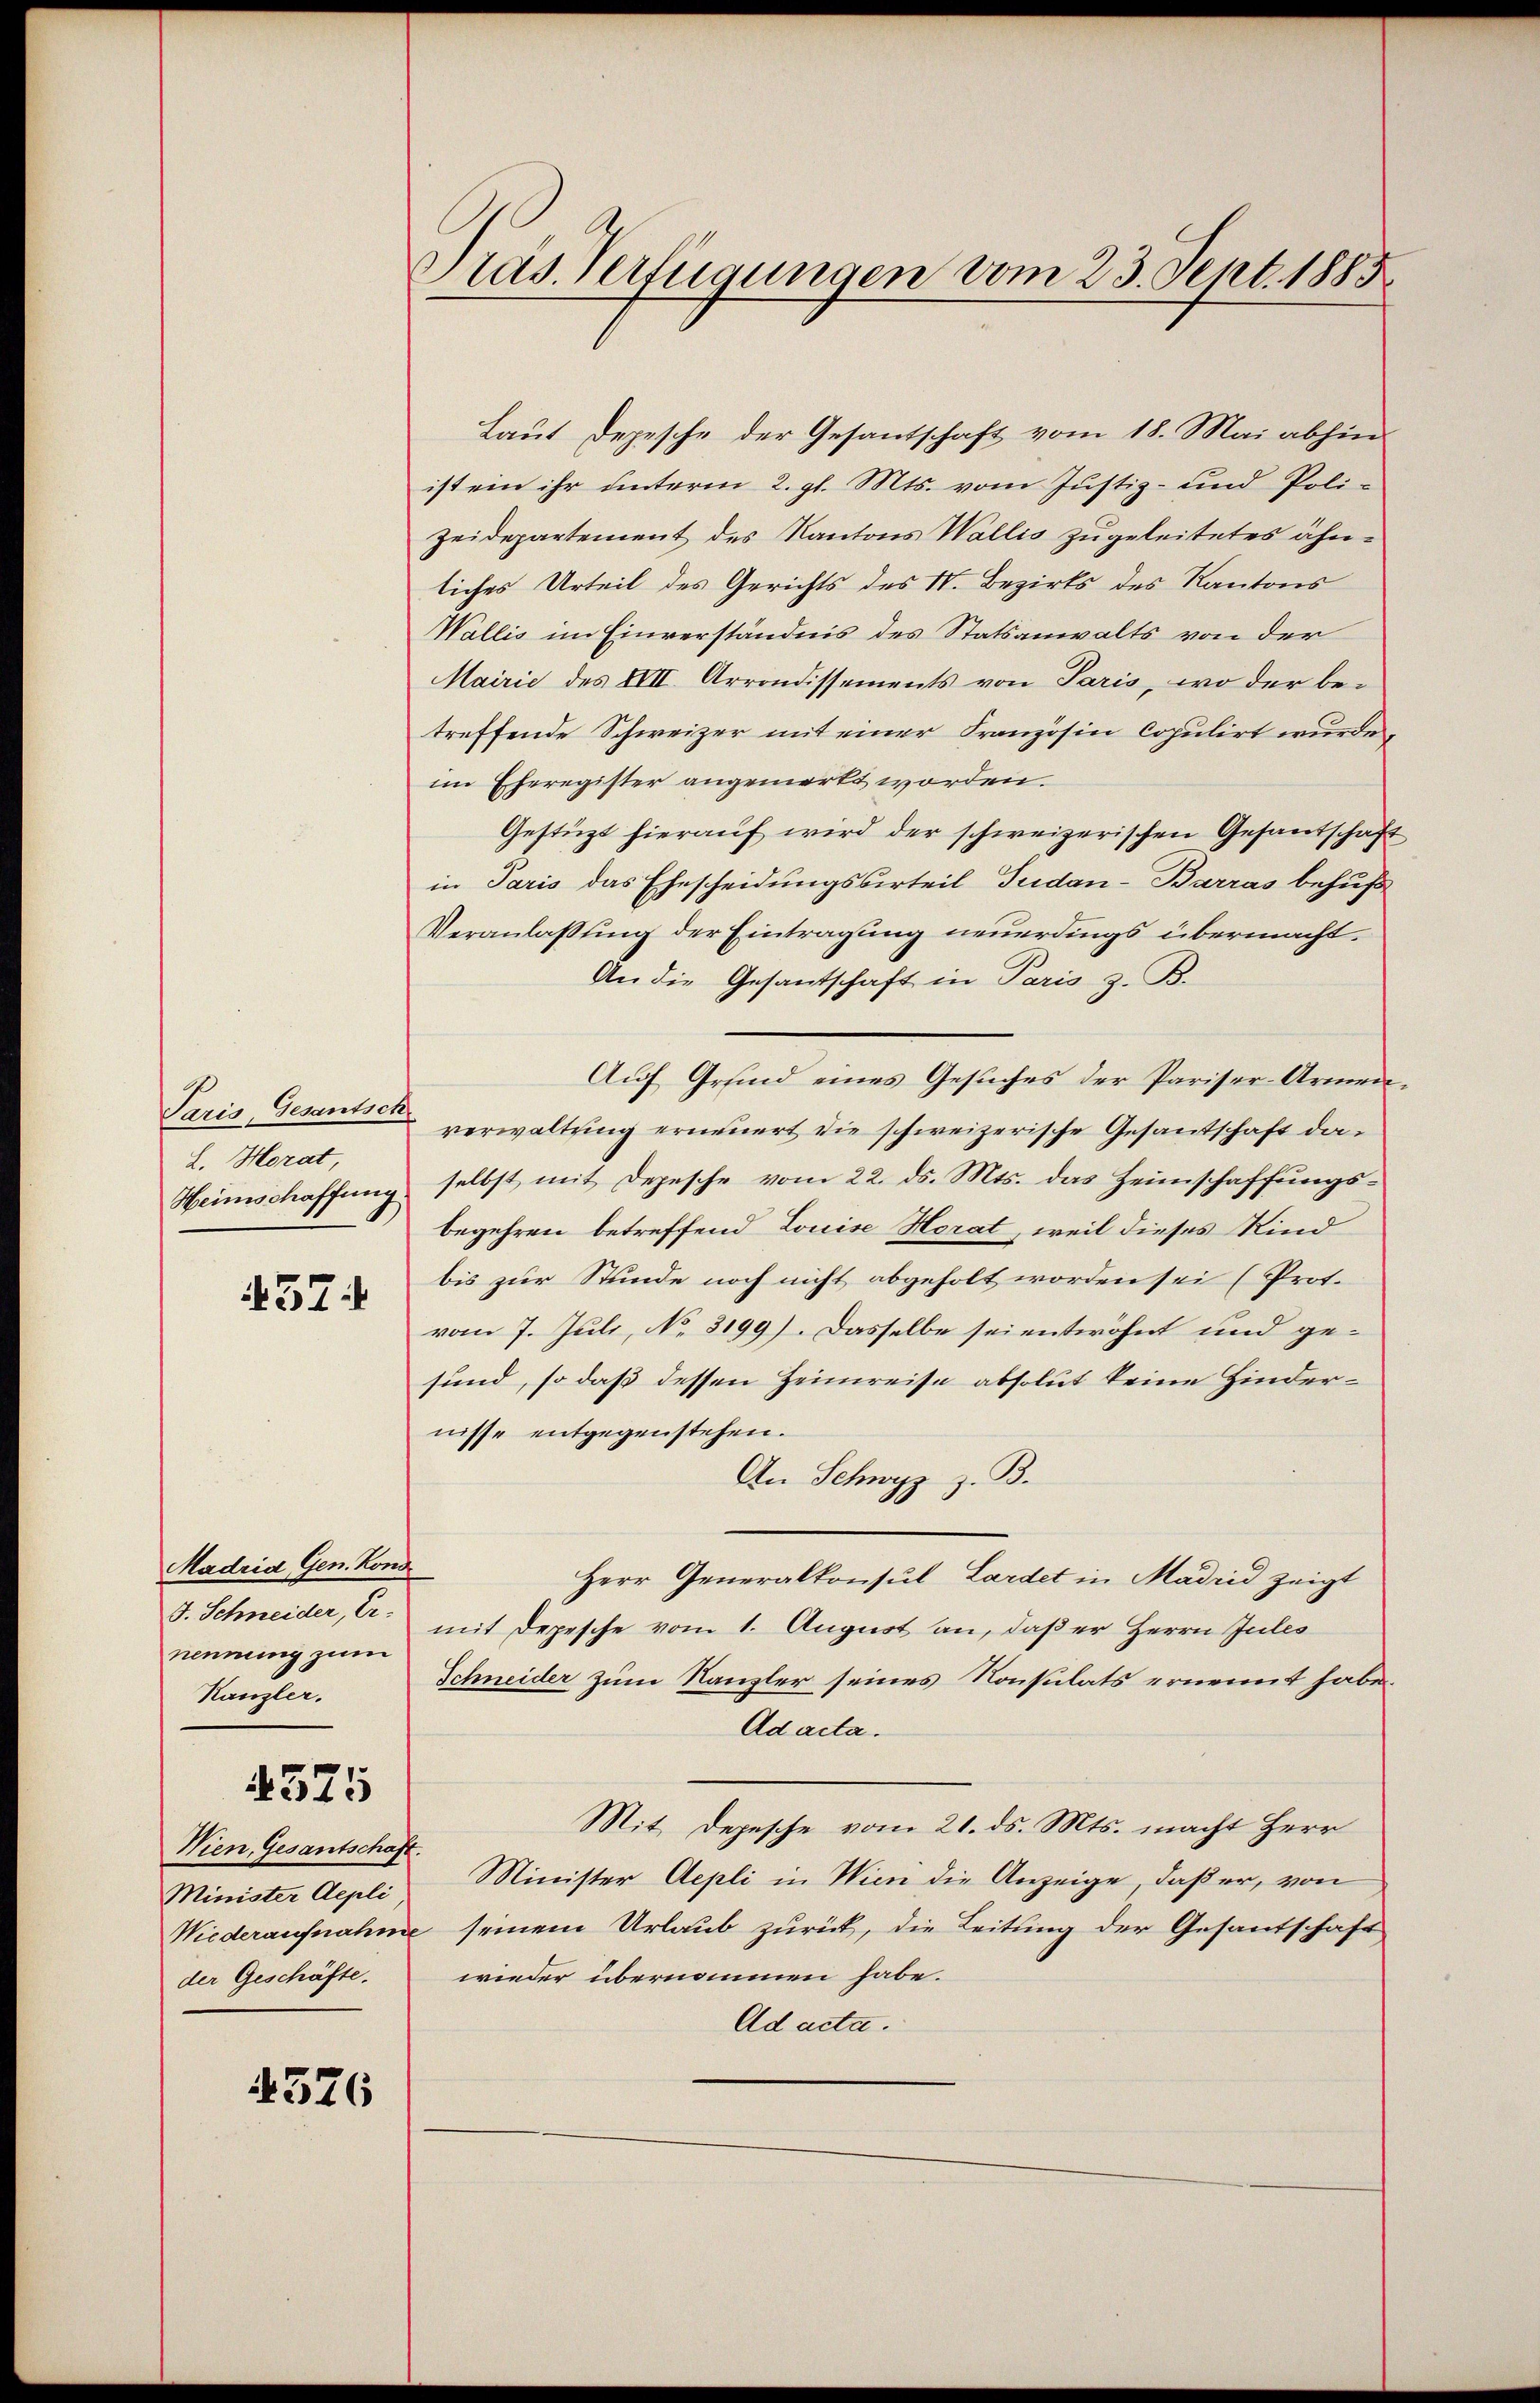
Paris, Gesantsche
L. Horat,
Heimschaffung
457

Madrid Gen. Kond
J. Schneider, Ernennung zum
Kanzler.

4575

Wien, Gesantschaft.
Minister Aepli
der Geschäfte.

4526

Präs. Verfügungen vom 23. Sept. 1885

Laut Depesche der Gesantschaft vom 18. Mai abhin
ist ein ihr unterm 2. gl. Mts. vom Justiz- und Poli-
Zeidepartement des Kantons Wallis zugeleitetes ähnliches Urteil des Gerichts des IV. Bezirks des Kantons
Wallis im Einverständnis des Statsanwalts von der
Mairie des XVII. Arrondissements von Paris, wo der be-
treffende Schweizer mit einer Französin Copulirt wurde,
im Eheregister angemerkt worden.
Gestüzt hierauf wird der schweizerischen Gesandschaft
in Paris das Ehescheidungsurteil Tudan-Barras behufs
Veranlassung der Eintragung neuerdings übermacht.
An die Gesantschaft in Paris z. B.
Auf Grund eines Gesuches der Pariser-Armenverwaltung erneuert die schweizerische Gesantschaft daselbst mit Depesche vom 22. ds. Mts. das Heimschaffungsbegehren betreffend Louise Horat, weil dieses Kind
bis zur Stunde noch nicht abgeholt worden sei (Prot.
vom 7. Juli, No. 3199). Dasselbe sei entwöhnt und gesund, so daß dessen Heimreise absolut keine Hindernisse entgegenstehen.
An Schwyz z. B.
e
Herr Generalkonsul Lardet in Madrid zeigt
mit Depesche vom 1. August an, daß er Herrn Jules
Schneider zum Kanzler seines Konsulats ernennt habe.
Ad acta.
Mit Depesche vom 21. ds. Mts. macht Herr
Minister Aepli in Wien die Anzeige, daß er, von
Niederaufnahme seinem Urlaub zurück, die Leitung der Gesandschaft
wieder übernommen habe.
Ad acta.